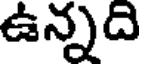
ఉన్నది